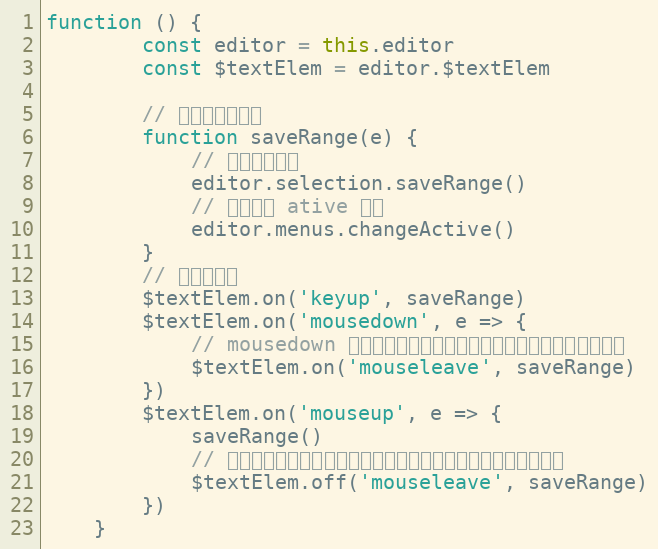
Language: JavaScript
function () {
        const editor = this.editor
        const $textElem = editor.$textElem

        // 保存当前的选区
        function saveRange(e) {
            // 随时保存选区
            editor.selection.saveRange()
            // 更新按钮 ative 状态
            editor.menus.changeActive()
        }
        // 按键后保存
        $textElem.on('keyup', saveRange)
        $textElem.on('mousedown', e => {
            // mousedown 状态下，鼠标滑动到编辑区域外面，也需要保存选区
            $textElem.on('mouseleave', saveRange)
        })
        $textElem.on('mouseup', e => {
            saveRange()
            // 在编辑器区域之内完成点击，取消鼠标滑动到编辑区外面的事件
            $textElem.off('mouseleave', saveRange)
        })
    }